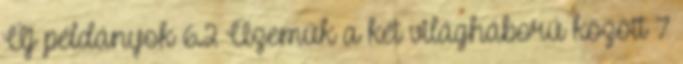
Új példányok 6.2 Üzemük a két világháború között 7